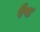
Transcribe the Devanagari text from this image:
रैप्ट